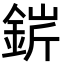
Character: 䤱